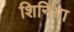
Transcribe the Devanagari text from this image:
शिनिया